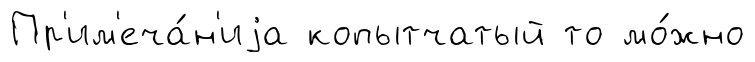
Пр'им'еча́н'иjа копытчатый то мо́жно